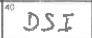
Transcription: DSI